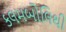
કલમબોલિથી